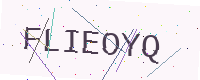
Text: FLIEOYQ